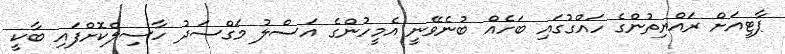
ޕާޓީއަށް ރައްޔިތުންގެ ހައްގުގައި ބަހެއް ބުނެވޭނީ އެމީހުންގެ އަސްލު މަގްސަދު ހާސިލްކޮށްފައި ބާކީ